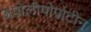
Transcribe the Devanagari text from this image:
अपोलीपोप्रोटीन